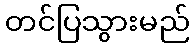
တင်ပြသွားမည်